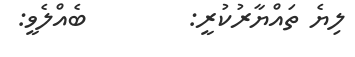
ލިޔެ ތައްޔާރުކުރީ:        ބެއްލެވީ: